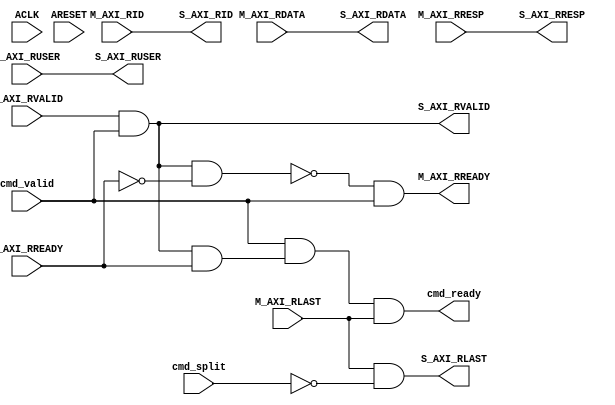
// -- (c) Copyright 2010 - 2011 Xilinx, Inc. All rights reserved.
// --
// -- This file contains confidential and proprietary information
// -- of Xilinx, Inc. and is protected under U.S. and 
// -- international copyright and other intellectual property
// -- laws.
// --
// -- DISCLAIMER
// -- This disclaimer is not a license and does not grant any
// -- rights to the materials distributed herewith. Except as
// -- otherwise provided in a valid license issued to you by
// -- Xilinx, and to the maximum extent permitted by applicable
// -- law: (1) THESE MATERIALS ARE MADE AVAILABLE "AS IS" AND
// -- WITH ALL FAULTS, AND XILINX HEREBY DISCLAIMS ALL WARRANTIES
// -- AND CONDITIONS, EXPRESS, IMPLIED, OR STATUTORY, INCLUDING
// -- BUT NOT LIMITED TO WARRANTIES OF MERCHANTABILITY, NON-
// -- INFRINGEMENT, OR FITNESS FOR ANY PARTICULAR PURPOSE; and
// -- (2) Xilinx shall not be liable (whether in contract or tort,
// -- including negligence, or under any other theory of
// -- liability) for any loss or damage of any kind or nature
// -- related to, arising under or in connection with these
// -- materials, including for any direct, or any indirect,
// -- special, incidental, or consequential loss or damage
// -- (including loss of data, profits, goodwill, or any type of
// -- loss or damage suffered as a result of any action brought
// -- by a third party) even if such damage or loss was
// -- reasonably foreseeable or Xilinx had been advised of the
// -- possibility of the same.
// --
// -- CRITICAL APPLICATIONS
// -- Xilinx products are not designed or intended to be fail-
// -- safe, or for use in any application requiring fail-safe
// -- performance, such as life-support or safety devices or
// -- systems, Class III medical devices, nuclear facilities,
// -- applications related to the deployment of airbags, or any
// -- other applications that could lead to death, personal
// -- injury, or severe property or environmental damage
// -- (individually and collectively, "Critical
// -- Applications"). Customer assumes the sole risk and
// -- liability of any use of Xilinx products in Critical
// -- Applications, subject only to applicable laws and
// -- regulations governing limitations on product liability.
// --
// -- THIS COPYRIGHT NOTICE AND DISCLAIMER MUST BE RETAINED AS
// -- PART OF THIS FILE AT ALL TIMES.
//-----------------------------------------------------------------------------
//
// Description: Read Data Response AXI3 Slave Converter
// Forwards and re-assembles split transactions.
//
// Verilog-standard:  Verilog 2001
//--------------------------------------------------------------------------
//
// Structure:
//   r_axi3_conv
//
//--------------------------------------------------------------------------
`timescale 1ps/1ps

module ict106_r_axi3_conv #
  (
   parameter C_FAMILY                            = "none",
   parameter integer C_AXI_ID_WIDTH              = 1,
   parameter integer C_AXI_ADDR_WIDTH            = 32,
   parameter integer C_AXI_DATA_WIDTH            = 32,
   parameter integer C_AXI_SUPPORTS_USER_SIGNALS = 0,
   parameter integer C_AXI_RUSER_WIDTH           = 1,
   parameter integer C_SUPPORT_SPLITTING              = 1,
                       // Implement transaction splitting logic.
                       // Disabled whan all connected masters are AXI3 and have same or narrower data width.
   parameter integer C_SUPPORT_BURSTS                 = 1
                       // Disabled when all connected masters are AxiLite,
                       //   allowing logic to be simplified.
   )
  (
   // System Signals
   input wire ACLK,
   input wire ARESET,

   // Command Interface
   input  wire                              cmd_valid,
   input  wire                              cmd_split,
   output wire                              cmd_ready,
   
   // Slave Interface Read Data Ports
   output wire [C_AXI_ID_WIDTH-1:0]    S_AXI_RID,
   output wire [C_AXI_DATA_WIDTH-1:0]  S_AXI_RDATA,
   output wire [2-1:0]                 S_AXI_RRESP,
   output wire                         S_AXI_RLAST,
   output wire [C_AXI_RUSER_WIDTH-1:0] S_AXI_RUSER,
   output wire                         S_AXI_RVALID,
   input  wire                         S_AXI_RREADY,
   
   // Master Interface Read Data Ports
   input  wire [C_AXI_ID_WIDTH-1:0]    M_AXI_RID,
   input  wire [C_AXI_DATA_WIDTH-1:0]  M_AXI_RDATA,
   input  wire [2-1:0]                 M_AXI_RRESP,
   input  wire                         M_AXI_RLAST,
   input  wire [C_AXI_RUSER_WIDTH-1:0] M_AXI_RUSER,
   input  wire                         M_AXI_RVALID,
   output wire                         M_AXI_RREADY
   );

   
  /////////////////////////////////////////////////////////////////////////////
  // Variables for generating parameter controlled instances.
  /////////////////////////////////////////////////////////////////////////////
  
  
  /////////////////////////////////////////////////////////////////////////////
  // Local params
  /////////////////////////////////////////////////////////////////////////////
  
  // Constants for packing levels.
  localparam [2-1:0] C_RESP_OKAY        = 2'b00;
  localparam [2-1:0] C_RESP_EXOKAY      = 2'b01;
  localparam [2-1:0] C_RESP_SLVERROR    = 2'b10;
  localparam [2-1:0] C_RESP_DECERR      = 2'b11;
  
  
  /////////////////////////////////////////////////////////////////////////////
  // Functions
  /////////////////////////////////////////////////////////////////////////////
  
  
  /////////////////////////////////////////////////////////////////////////////
  // Internal signals
  /////////////////////////////////////////////////////////////////////////////
  
  // Throttling help signals.
  wire                            cmd_ready_i;
  wire                            pop_si_data;
  wire                            si_stalling;
  
  // Internal MI-side control signals.
  wire                            M_AXI_RREADY_I;
   
  // Internal signals for SI-side.
  wire [C_AXI_ID_WIDTH-1:0]       S_AXI_RID_I;
  wire [C_AXI_DATA_WIDTH-1:0]     S_AXI_RDATA_I;
  wire [2-1:0]                    S_AXI_RRESP_I;
  wire                            S_AXI_RLAST_I;
  wire [C_AXI_RUSER_WIDTH-1:0]    S_AXI_RUSER_I;
  wire                            S_AXI_RVALID_I;
  wire                            S_AXI_RREADY_I;
  
  
  /////////////////////////////////////////////////////////////////////////////
  // Handle interface handshaking:
  //
  // Forward data from MI-Side to SI-Side while a command is available. When
  // the transaction has completed the command is popped from the Command FIFO.
  // 
  // 
  /////////////////////////////////////////////////////////////////////////////
  
  // Pop word from SI-side.
  assign M_AXI_RREADY_I = ~si_stalling & cmd_valid;
  assign M_AXI_RREADY   = M_AXI_RREADY_I;
  
  // Indicate when there is data available @ SI-side.
  assign S_AXI_RVALID_I = M_AXI_RVALID & cmd_valid;
  
  // Get SI-side data.
  assign pop_si_data    = S_AXI_RVALID_I & S_AXI_RREADY_I;
  
  // Signal that the command is done (so that it can be poped from command queue).
  assign cmd_ready_i    = cmd_valid & pop_si_data & M_AXI_RLAST;
  assign cmd_ready      = cmd_ready_i;
  
  // Detect when MI-side is stalling.
  assign si_stalling    = S_AXI_RVALID_I & ~S_AXI_RREADY_I;
  
  
  /////////////////////////////////////////////////////////////////////////////
  // Simple AXI signal forwarding:
  // 
  // USER, ID, DATA and RRESP passes through untouched.
  // 
  // LAST has to be filtered to remove any intermediate LAST (due to split 
  // trasactions). LAST is only removed for the first parts of a split 
  // transaction. When splitting is unsupported is the LAST filtering completely
  // completely removed.
  // 
  /////////////////////////////////////////////////////////////////////////////
  
  // Calculate last, i.e. mask from split transactions.
  assign S_AXI_RLAST_I  = M_AXI_RLAST & 
                          ( ~cmd_split | ( C_SUPPORT_SPLITTING == 0 ) );
  
  // Data is passed through.
  assign S_AXI_RID_I    = M_AXI_RID;
  assign S_AXI_RUSER_I  = M_AXI_RUSER;
  assign S_AXI_RDATA_I  = M_AXI_RDATA;
  assign S_AXI_RRESP_I  = M_AXI_RRESP;
      
  
  /////////////////////////////////////////////////////////////////////////////
  // SI-side output handling
  // 
  /////////////////////////////////////////////////////////////////////////////
// TODO: registered?  
  assign S_AXI_RREADY_I = S_AXI_RREADY;
  assign S_AXI_RVALID   = S_AXI_RVALID_I;
  assign S_AXI_RID      = S_AXI_RID_I;
  assign S_AXI_RDATA    = S_AXI_RDATA_I;
  assign S_AXI_RRESP    = S_AXI_RRESP_I;
  assign S_AXI_RLAST    = S_AXI_RLAST_I;
  assign S_AXI_RUSER    = S_AXI_RUSER_I;
  
  
endmodule